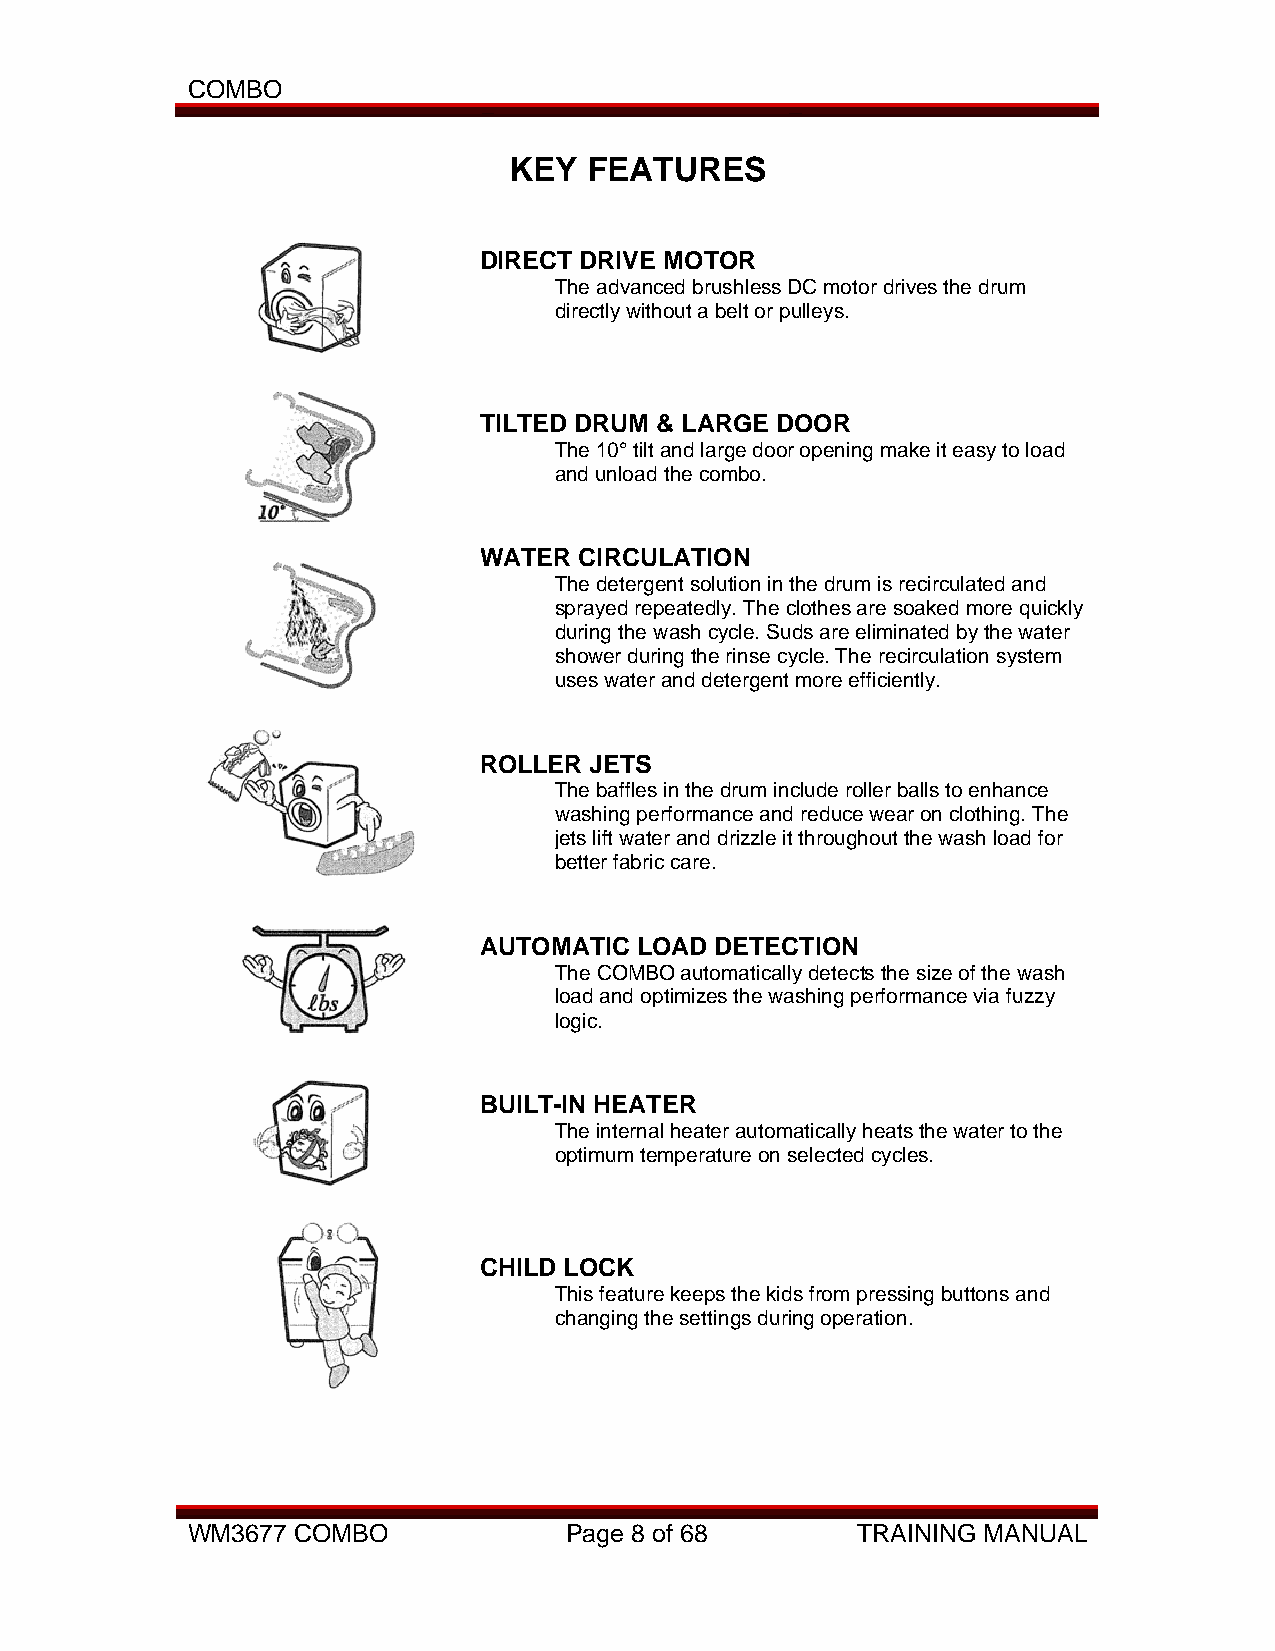
COMBO
 KEY  FEATURES
 DIRECT DRIVE MOTOR
 The advanced brushless DC motor drives the drum
 directly without a belt or pulleys.
 TILTED DRUM & LARGE DOOR
 The 10° tilt and large door opening make it easy to load
 and unload the combo.
 WATER CIRCULATION
 The detergent solution in the drum is recirculated and
 sprayed repeatedly. The clothes are soaked more quickly
 during the wash cycle. Suds are eliminated by the water
 shower during the rinse cycle. The recirculation system
 uses water and detergent more efficiently.
 ROLLER JETS
 The baffles in the drum include roller balls to enhance
 washing performance and reduce wear on clothing. The
 jets lift water and drizzle it throughout the wash load for
 better fabric care.
 AUTOMATIC LOAD DETECTION
 The COMBO automatically detects the size of the wash
 load and optimizes the washing performance via fuzzy
 logic.
 BUILT-IN HEATER
 The internal heater automatically heats the water to the
 optimum temperature on selected cycles.
 CHILD LOCK
 This feature keeps the kids from pressing buttons and
 changing the settings during operation.
 WM3677 COMBO              Page 8 of 68       TRAINING MANUAL